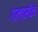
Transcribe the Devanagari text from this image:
गलासेक